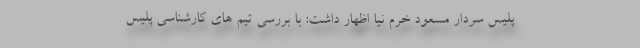
پلیس سردار مسعود خرم نیا اظهار داشت: با بررسی تیم های کارشناسی پلیس